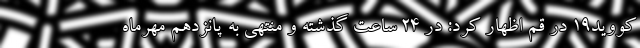
کووید۱۹ در قم اظهار کرد: در ۲۴ ساعت گذشته و منتهی به پانزدهم مهرماه